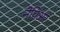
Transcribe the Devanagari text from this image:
नेपिअर